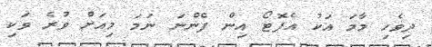
ދިވެހި މާމަ އަކު އެފޮޓޯ އިން ފެންނަ ނަމަ މިއަށް ވުރެ ވަކި